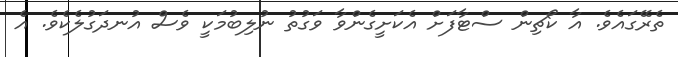
ތެރޭގައެވެ. އާ ކޯޗިން ސްޓާފަށް އެކަށީގެންވާ ވަގުތު ނުލިބުމަކީ ވެސް އުނދަގުލެކެވެ. އެ